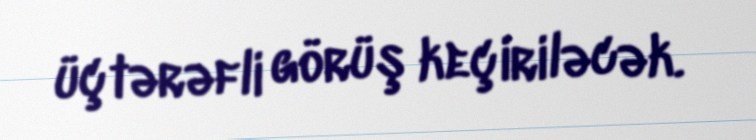
üçtərəfli görüş keçiriləcək.